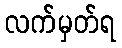
လက်မှတ်ရ